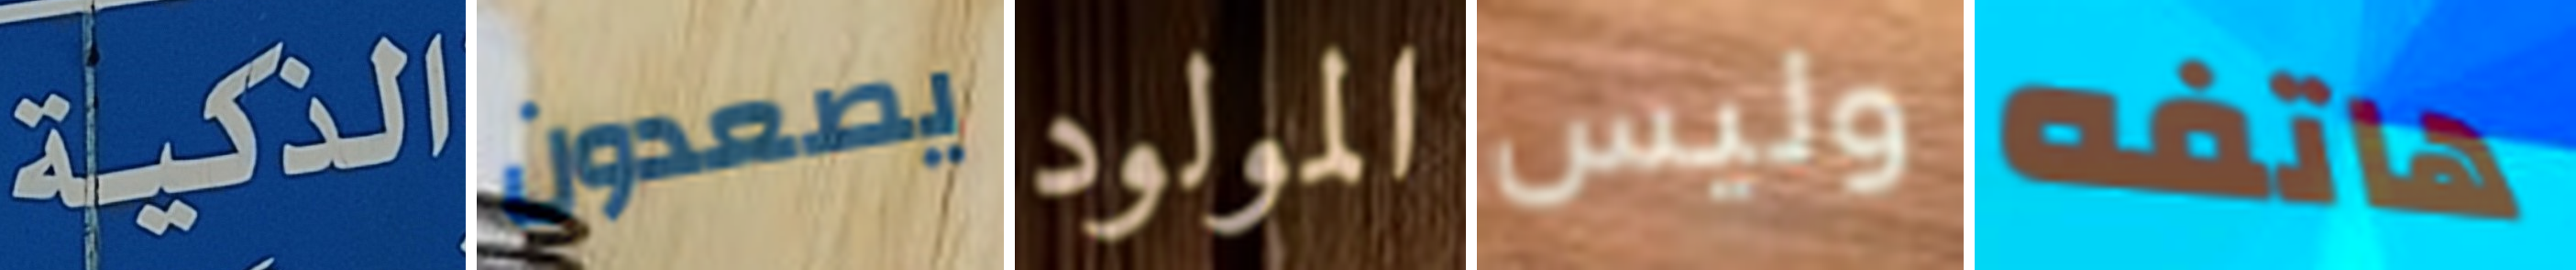
الذكية يصعدون المولود وليس هاتفه